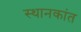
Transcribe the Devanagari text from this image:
स्थानकांत